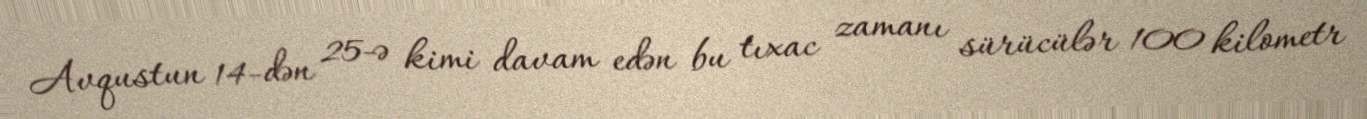
Avqustun 14-dən 25-ə kimi davam edən bu tıxac zamanı sürücülər 100 kilometr